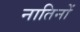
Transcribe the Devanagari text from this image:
नातिनों